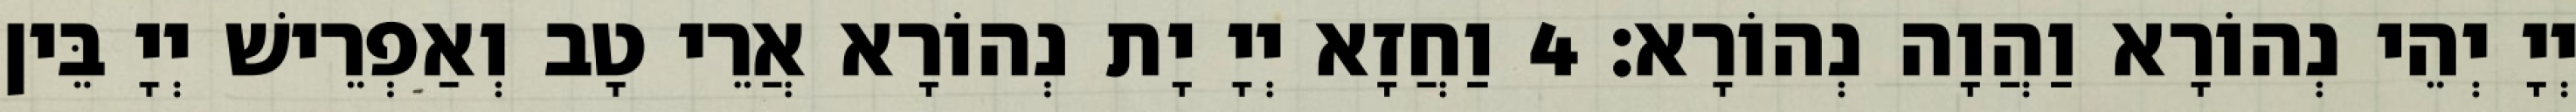
יְיָ יְהֵי נְהוֹרָא וַהֲוָה נְהוֹרָא׃ 4 וַחֲזָא יְיָ יָת נְהוֹרָא אֲרֵי טָב וְאַפְרֵישׁ יְיָ בֵּין